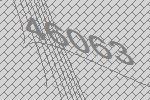
46063